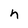
Character: n